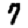
Digit: 7